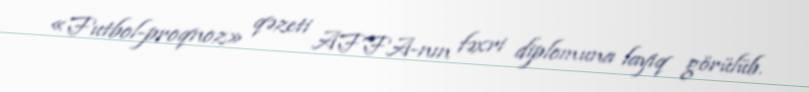
«Futbol-proqnoz» qəzeti AFFA-nın fəxri diplomuna layiq görülüb.